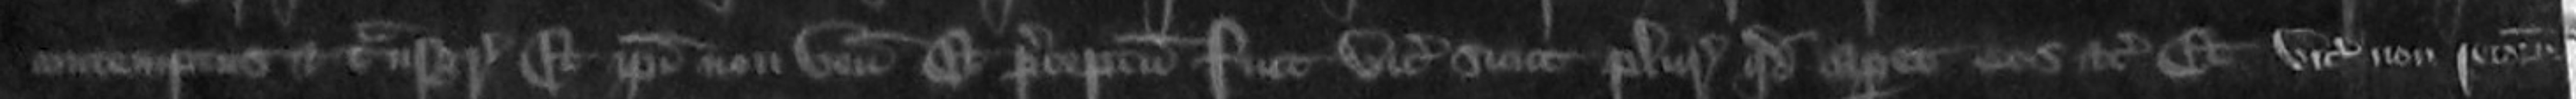
contemptus et transgressus Et ipsi non veniunt Et preceptum fuit vicecomiti sicut pluries quod caperet eos etc et vicecomes non retornavit